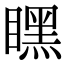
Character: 䁫